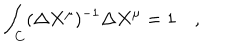
\int _ { C } ( \Delta X ^ { \mu } ) ^ { - 1 } \Delta X ^ { \mu } = 1 \quad ,